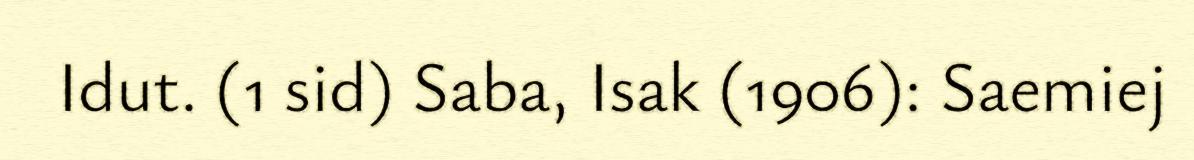
Idut. (1 sid) Saba, Isak (1906): Saemiej